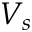
V _ { s }